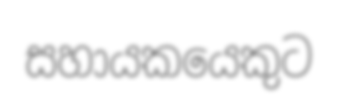
සහායකයෙකුට